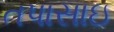
તપાસાઇ